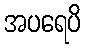
အပရေပိ